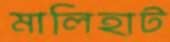
মালিহাট